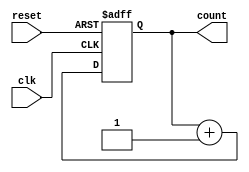
//design
//behaviour modeling
module counter_8(input clk,reset,output reg [7:0] count);
  always@(posedge clk or posedge reset)
    begin
      if(reset)
        count<=8'b00000000;
      else
        count<=count+1;
    end
endmodule